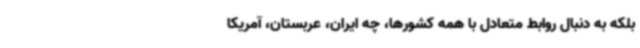
بلکه به دنبال روابط متعادل با همه کشورها، چه ایران، عربستان، آمریکا